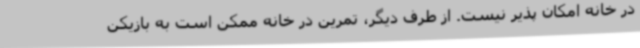
در خانه امکان پذیر نیست. از طرف دیگر، تمرین در خانه ممکن است به بازیکن